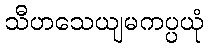
သီဟသေယျမကပ္ပယုံ